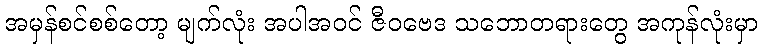
အမှန်စင်စစ်တော့ မျက်လုံး အပါအဝင် ဇီဝဗေဒ သဘောတရားတွေ အကုန်လုံးမှာ